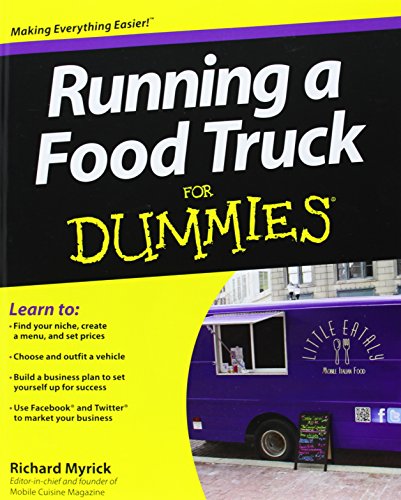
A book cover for Running a Food Truck For Dummies; Myrick; Cookbooks, Food & Wine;